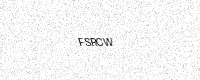
Text: FSRCW